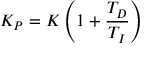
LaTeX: K _ { P } = K \left( 1 + { \frac { T _ { D } } { T _ { I } } } \right)